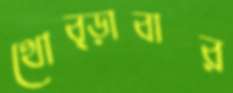
থোব্‌ড়াবার